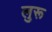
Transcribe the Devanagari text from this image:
लुरू